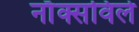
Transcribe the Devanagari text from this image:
नाॅक्सविले